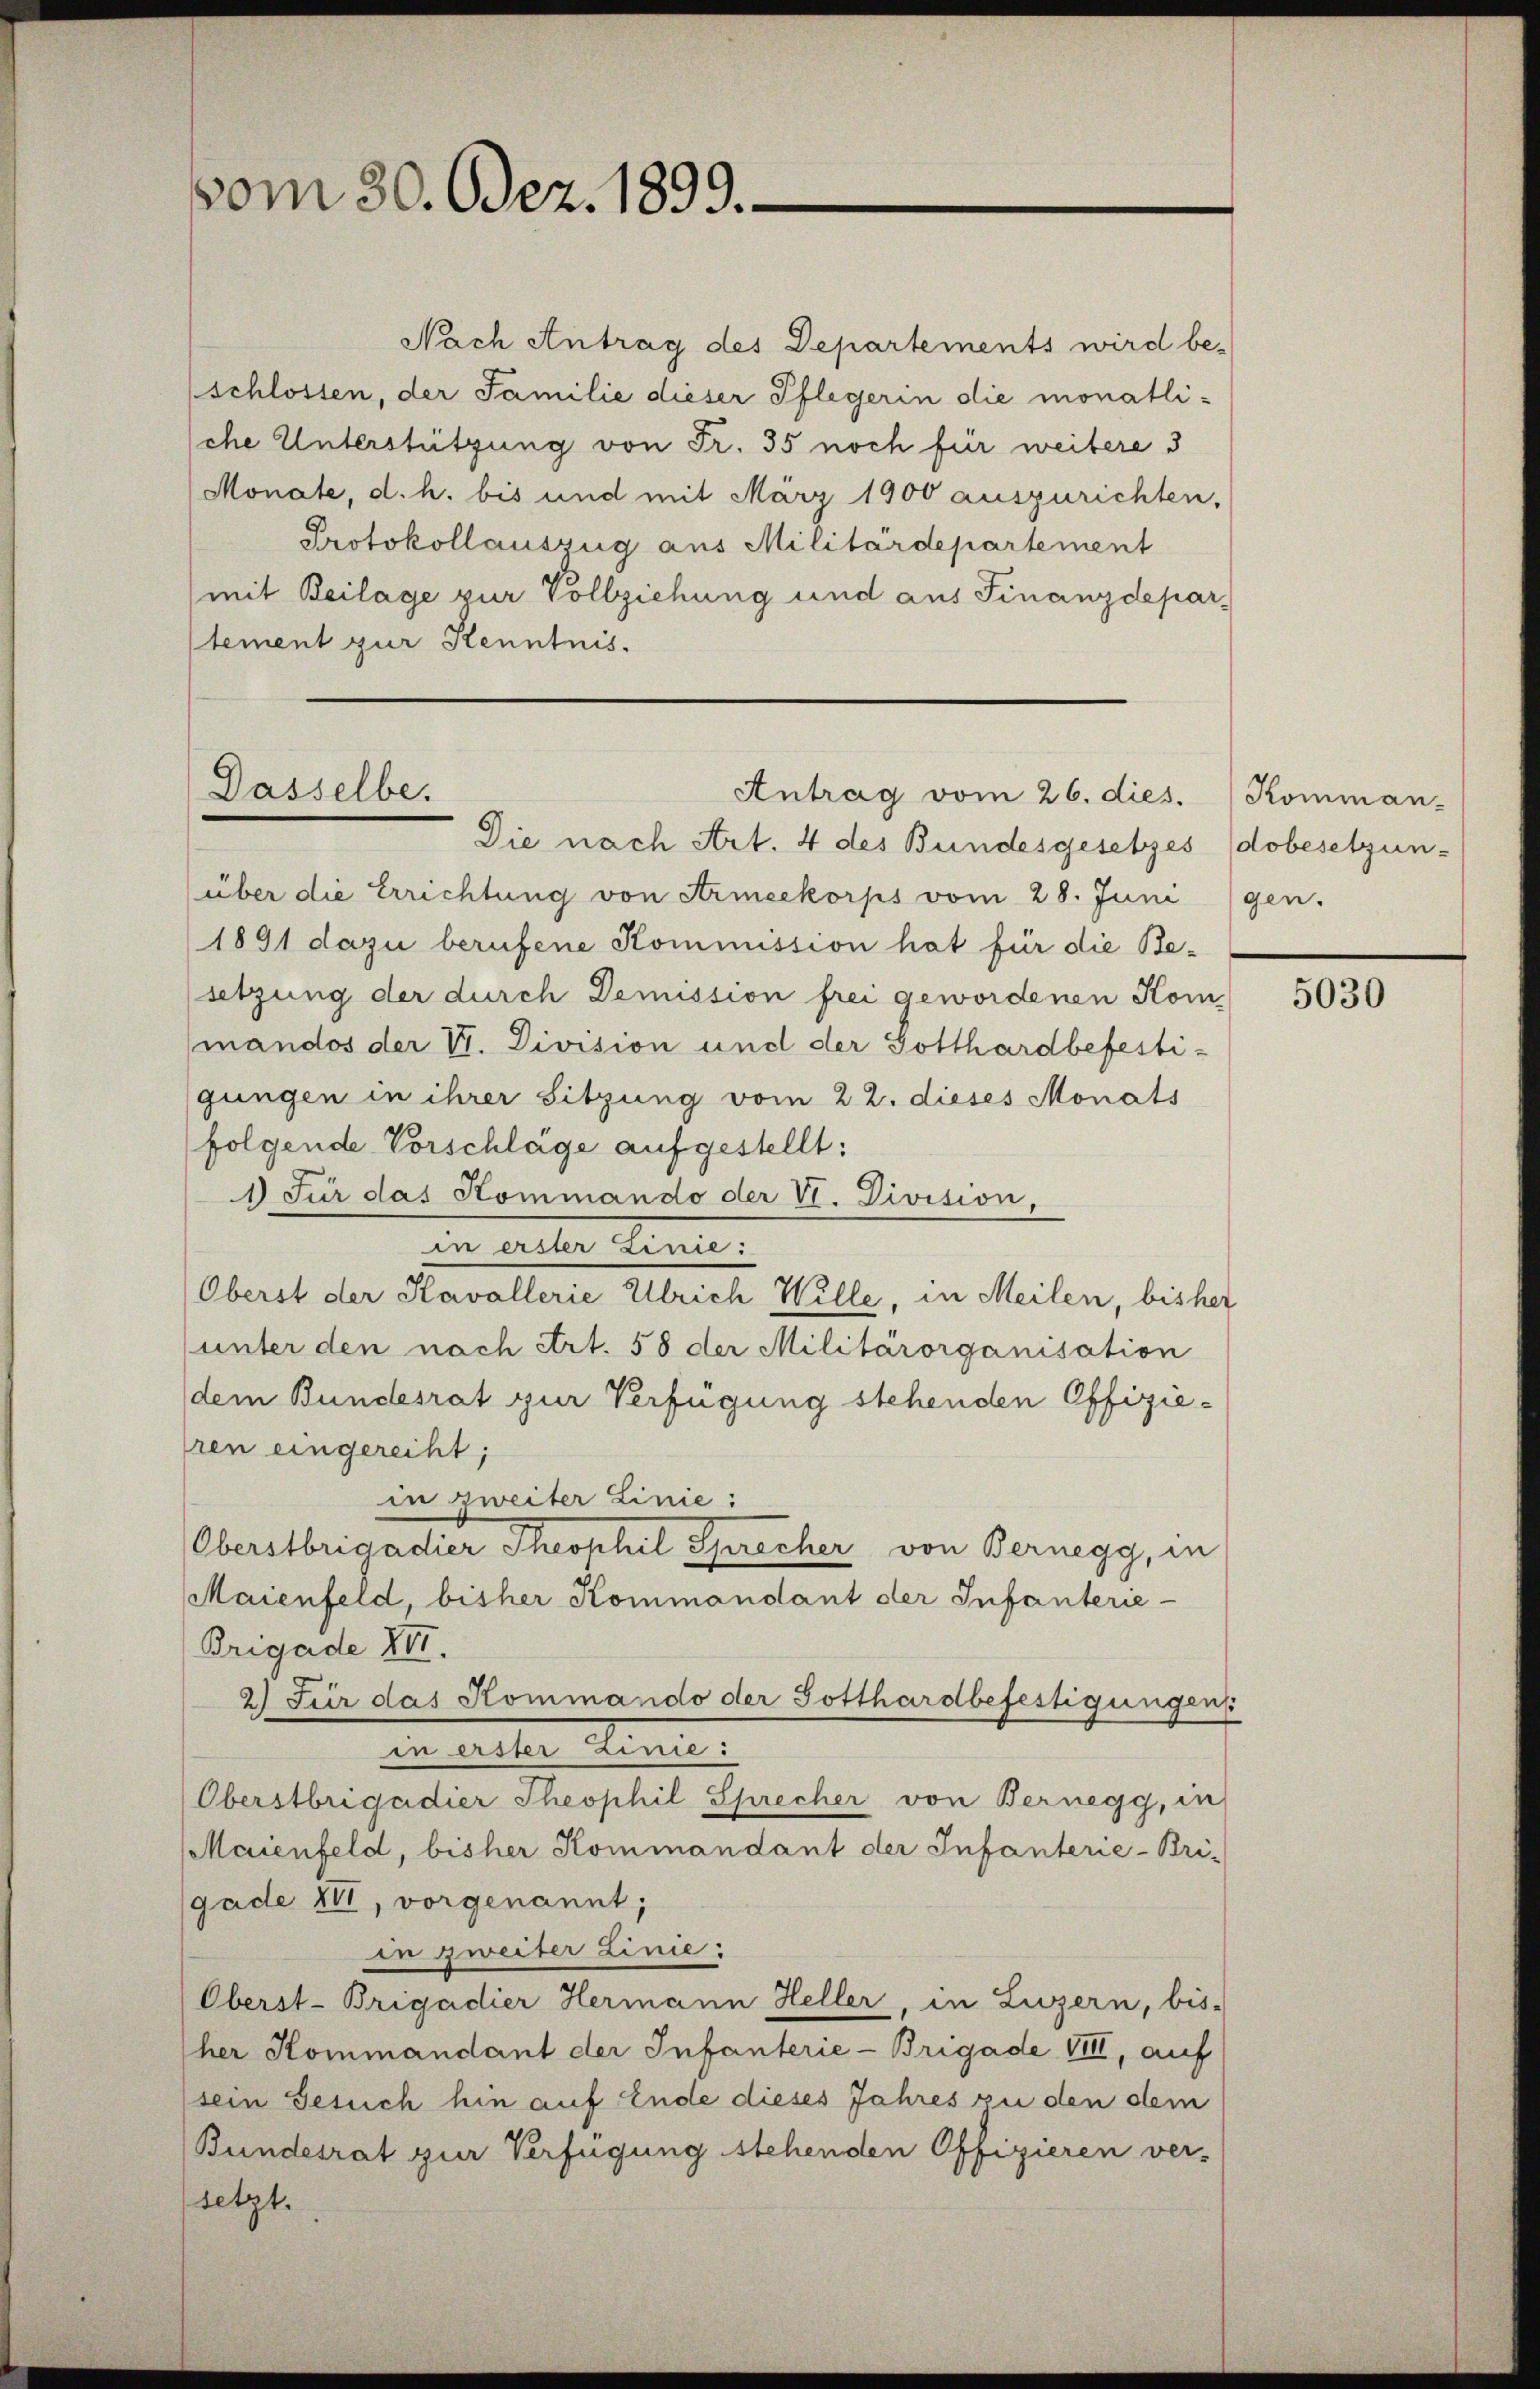
vom 30. Odez. 1899.

Nach Antrag des Departements wird be-
schlossen, der Familie dieser Pflegerin die monatli-
che Unterstützung von Fr. 35 noch für weitere 3
Monate, d. h. bis und mit März 1900 auszurichten,
Protokollauszug aus Militärdepartement
mit Beilage zur Vollziehung und aus Finanzdeparstement zur Kenntnis.

Dasselbe.

Die nach Art. 4 des Bundesgesetzes dobesetzun-
über die Errichtung von Armeekorps vom 28. Juni
1891 dazu berufene Kommission hat für die Besetzung der durch Demission frei gewordenen Kom
(mandos der V. Division und der Gotthardbefestigungen in ihrer Sitzung vom 22. dieses Monats
folgende Vorschlage aufgestellt:
1) Für das Kommando der VI. Division
an aller Linie.
Oberst der Kavallerie Ulrich Wille, in Meilen, bisher
(unter den nach Art. 58 der Militärorganisation
dem Bundesrat zur Verfügung stehenden Offizieren eingereiht;
in zweiter Linie:
Oberstbrigadier Theophil Sprecher von Bernegg, in
Maienfeld, bisher Kommandant der Infanterie-
Brigade XII.
2) Für das Kommando der Gotthardbefestigungens
in weiter Linie
Oberstbrigadier Theophil Sprecher von Bernegg, in
Maienfeld, bisher Kommandant der Infanterie-Bri-
gade III, vorgenannt;
in zweiter Linie:
Oberst-Brigadier Hermann Heller, in Luzern, bis-
her Kommandant der Infanterie-Brigade VIII, auf
(sein Gesuch hin auf Ende dieses Jahres zu den dem
Bundesrat zur Verfügung stehenden Offizieren ver-
setzt.

Antrag vom 26. dies.

Kommangen.

5030